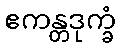
ဧကန္တဒုက္ခံ